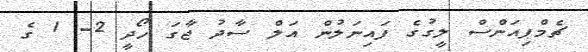
ޗެމްޕިއަންސް ލީގުގެ ފައިނަލުން އަލް ސާދު ޖާގަ ހޯދީ 2- 1 ގެ